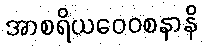
အာစရိယဝေဝစနာနိ